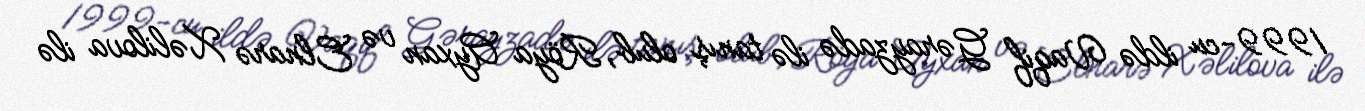
1999-cu ildə Vaqif Gərayzadə ilə tanış olub, Röya Ayxan və Elnarə Xəlilova ilə